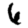
Digit: 6